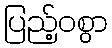
ပြည့်ဝစွာ